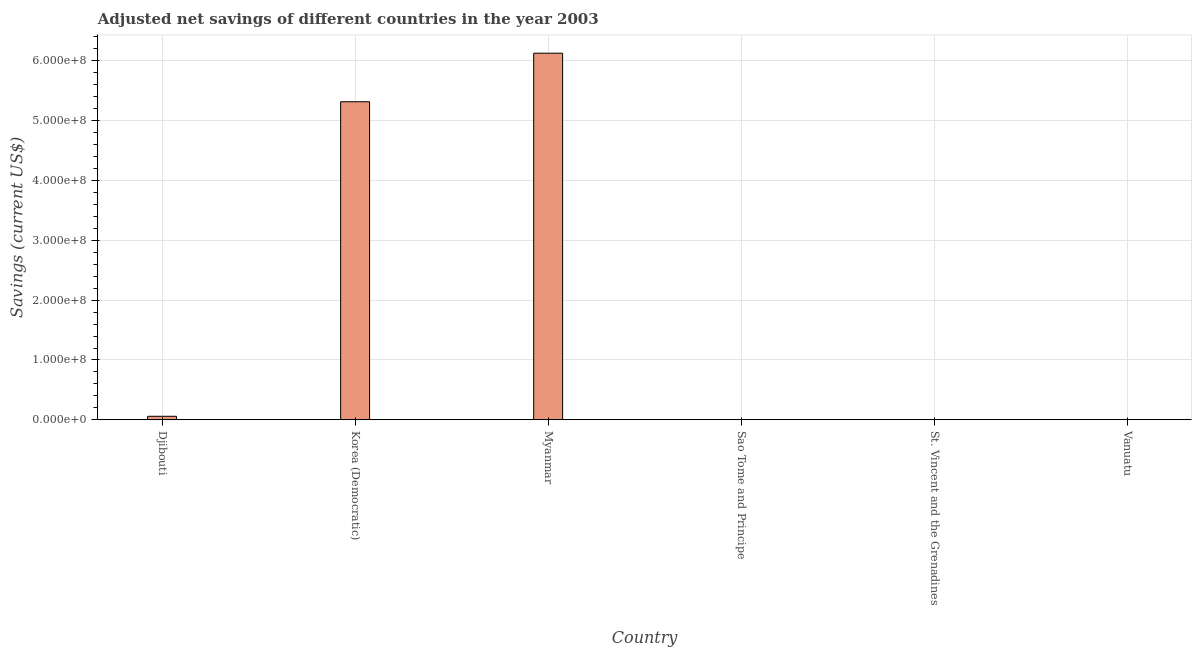
| Country | Adjusted savings: particulate emission damage (current US$) |
 | --- | --- |
 | Djibouti | 5.88e+06 |
 | Korea (Democratic) | 5.32e+08 |
 | Myanmar | 6.13e+08 |
 | Sao Tome and Principe | 1.27e+04 |
 | St. Vincent and the Grenadines | 1.18e+05 |
 | Vanuatu | 2.46e+05 |